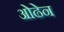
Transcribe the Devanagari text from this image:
ओढेन